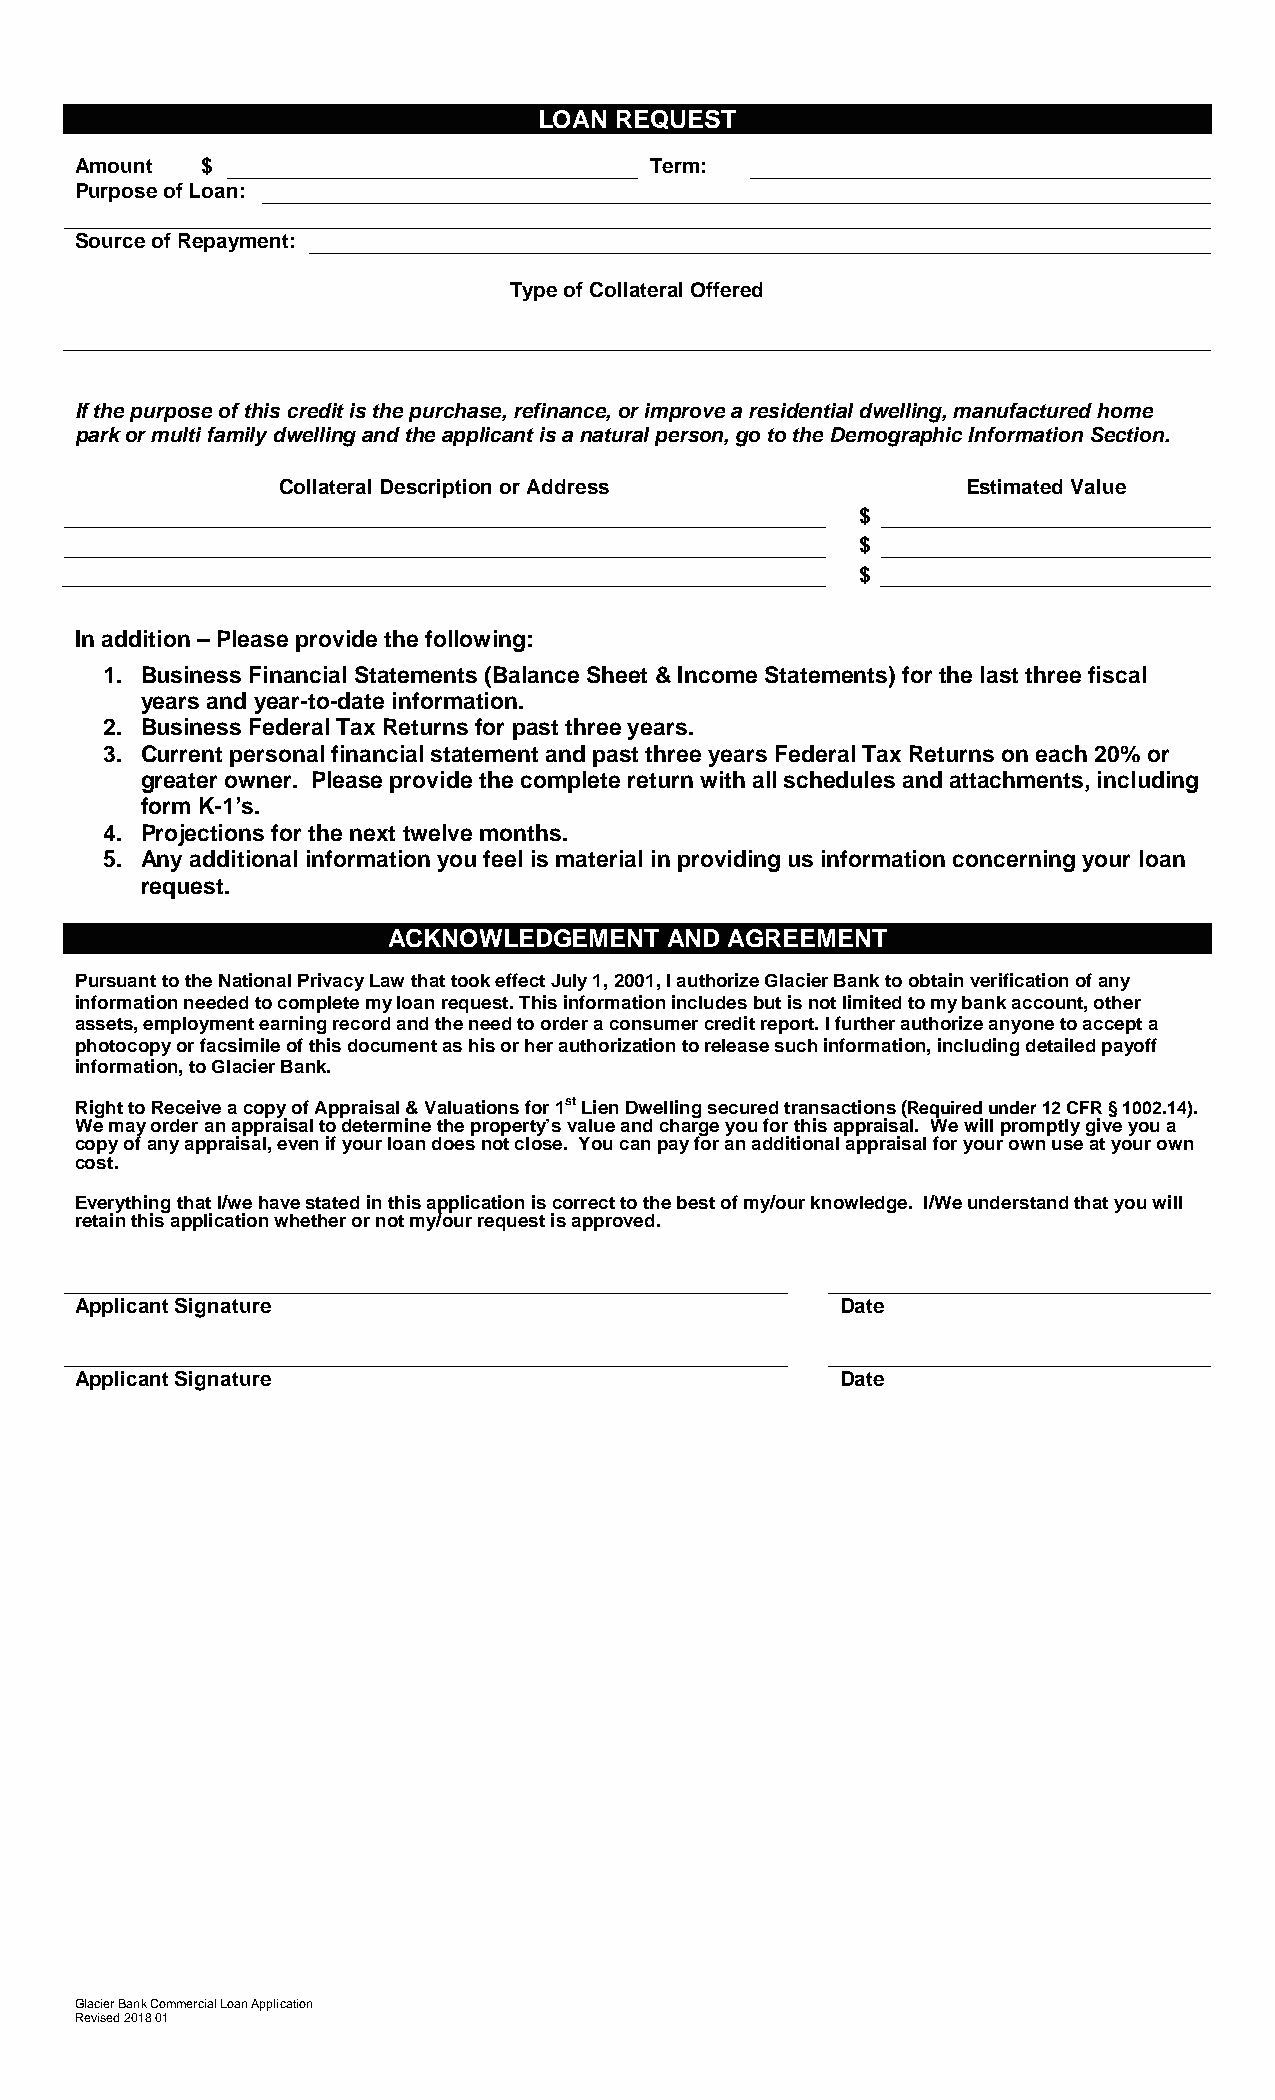
LOAN REQUEST
 Amount  $                             Term:
 Purpose of Loan:
 Source of Repayment:
 Type of Collateral Offered
 If the purpose of this credit is the purchase, refinance, or improve a residential dwelling, manufactured home
 park or multi family dwelling and the applicant is a natural person, go to the Demographic Information Section.
 Collateral Description or Address             Estimated Value
 $
 $
 $
 In addition – Please provide the following:
 1. Business Financial Statements (Balance Sheet & Income Statements) for the last three fiscal
 years and year-to-date information.
 2. Business Federal Tax Returns for past three years.
 3. Current personal financial statement and past three years Federal Tax Returns on each 20% or
 greater owner. Please provide the complete return with all schedules and attachments, including
 form K-1’s.
 4. Projections for the next twelve months.
 5. Any additional information you feel is material in providing us information concerning your loan
 request.
 ACKNOWLEDGEMENT   AND AGREEMENT
 Pursuant to the National Privacy Law that took effect July 1, 2001, I authorize Glacier Bank to obtain verification of any
 information needed to complete my loan request. This information includes but is not limited to my bank account, other
 assets, employment earning record and the need to order a consumer credit report. I further authorize anyone to accept a
 photocopy or facsimile of this document as his or her authorization to release such information, including detailed payoff
 information, to Glacier Bank.
 Right to Receive a copy of Appraisal & Valuations for 1st Lien Dwelling secured transactions (Required under 12 CFR § 1002.14).
 We may order an appraisal to determine the property’s value and charge you for this appraisal. We will promptly give you a
 copy of any appraisal, even if your loan does not close. You can pay for an additional appraisal for your own use at your own
 cost.
 Everything that I/we have stated in this application is correct to the best of my/our knowledge. I/We understand that you will
 retain this application whether or not my/our request is approved.
 Applicant Signature                                Date
 Applicant Signature                                Date
 Glacier Bank Commercial Loan Application
 Revised 2018 01